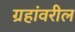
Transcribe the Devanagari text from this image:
ग्रहांवरील